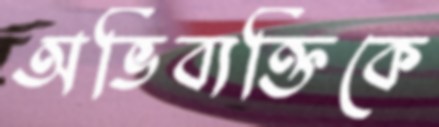
অভিব্যক্তিকে